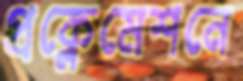
প্রক্লেমেশনে